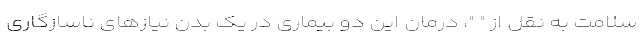
سلامت به نقل از " "، درمان این دو بیماری در یک بدن نیازهای ناسازگاری